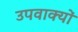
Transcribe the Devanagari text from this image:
उपवाक्यों